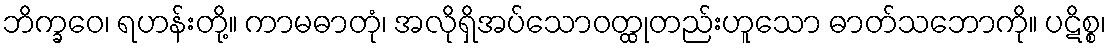
ဘိက္ခဝေ၊ ရဟန်းတို့။ ကာမဓာတုံ၊ အလိုရှိအပ်သောဝတ္ထုတည်းဟူသော ဓာတ်သဘောကို။ ပဋိစ္စ၊